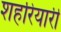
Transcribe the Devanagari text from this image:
शहरियारी